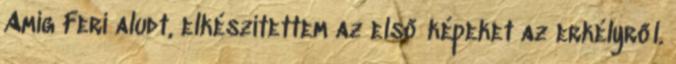
Amíg Feri aludt, elkészítettem az első képeket az erkélyről.